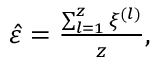
\begin{array} { r } { \hat { \varepsilon } = \frac { \sum _ { l = 1 } ^ { z } { \xi ^ { ( l ) } } } { z } , } \end{array}